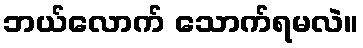
ဘယ်လောက် သောက်ရမလဲ။